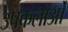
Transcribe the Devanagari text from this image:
उपकलाओं